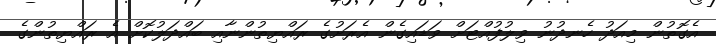
އެގޮތުން މިއަދު ހެނދުނު ވިލުފުއްޓަށް ވަޑައިގެން އެރަށުގެ ރައްޔިތުންނާއި ބައްދަލުކޮށް އެ ރައްޔިތުންގެ